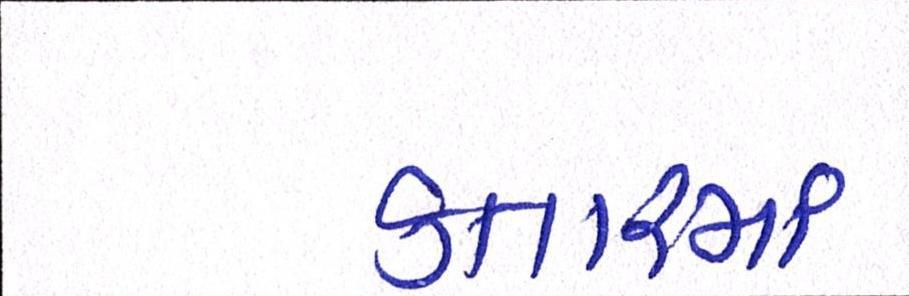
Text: કતારમાં